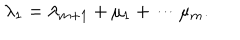
LaTeX: \lambda _ { 1 } = \lambda _ { m + 1 } + \mu _ { 1 } + \cdots \mu _ { m } .